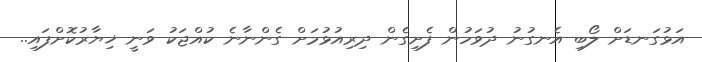
އަޅުގަނޑަށް ލޯބި އެނގުނު ދުވަހުން ފެށިގެން ދިރިއުޅުމަށް ގެންނާނެ ކުއްޖަކު ވަނީ ޚިޔާރުކޮށްފައި..